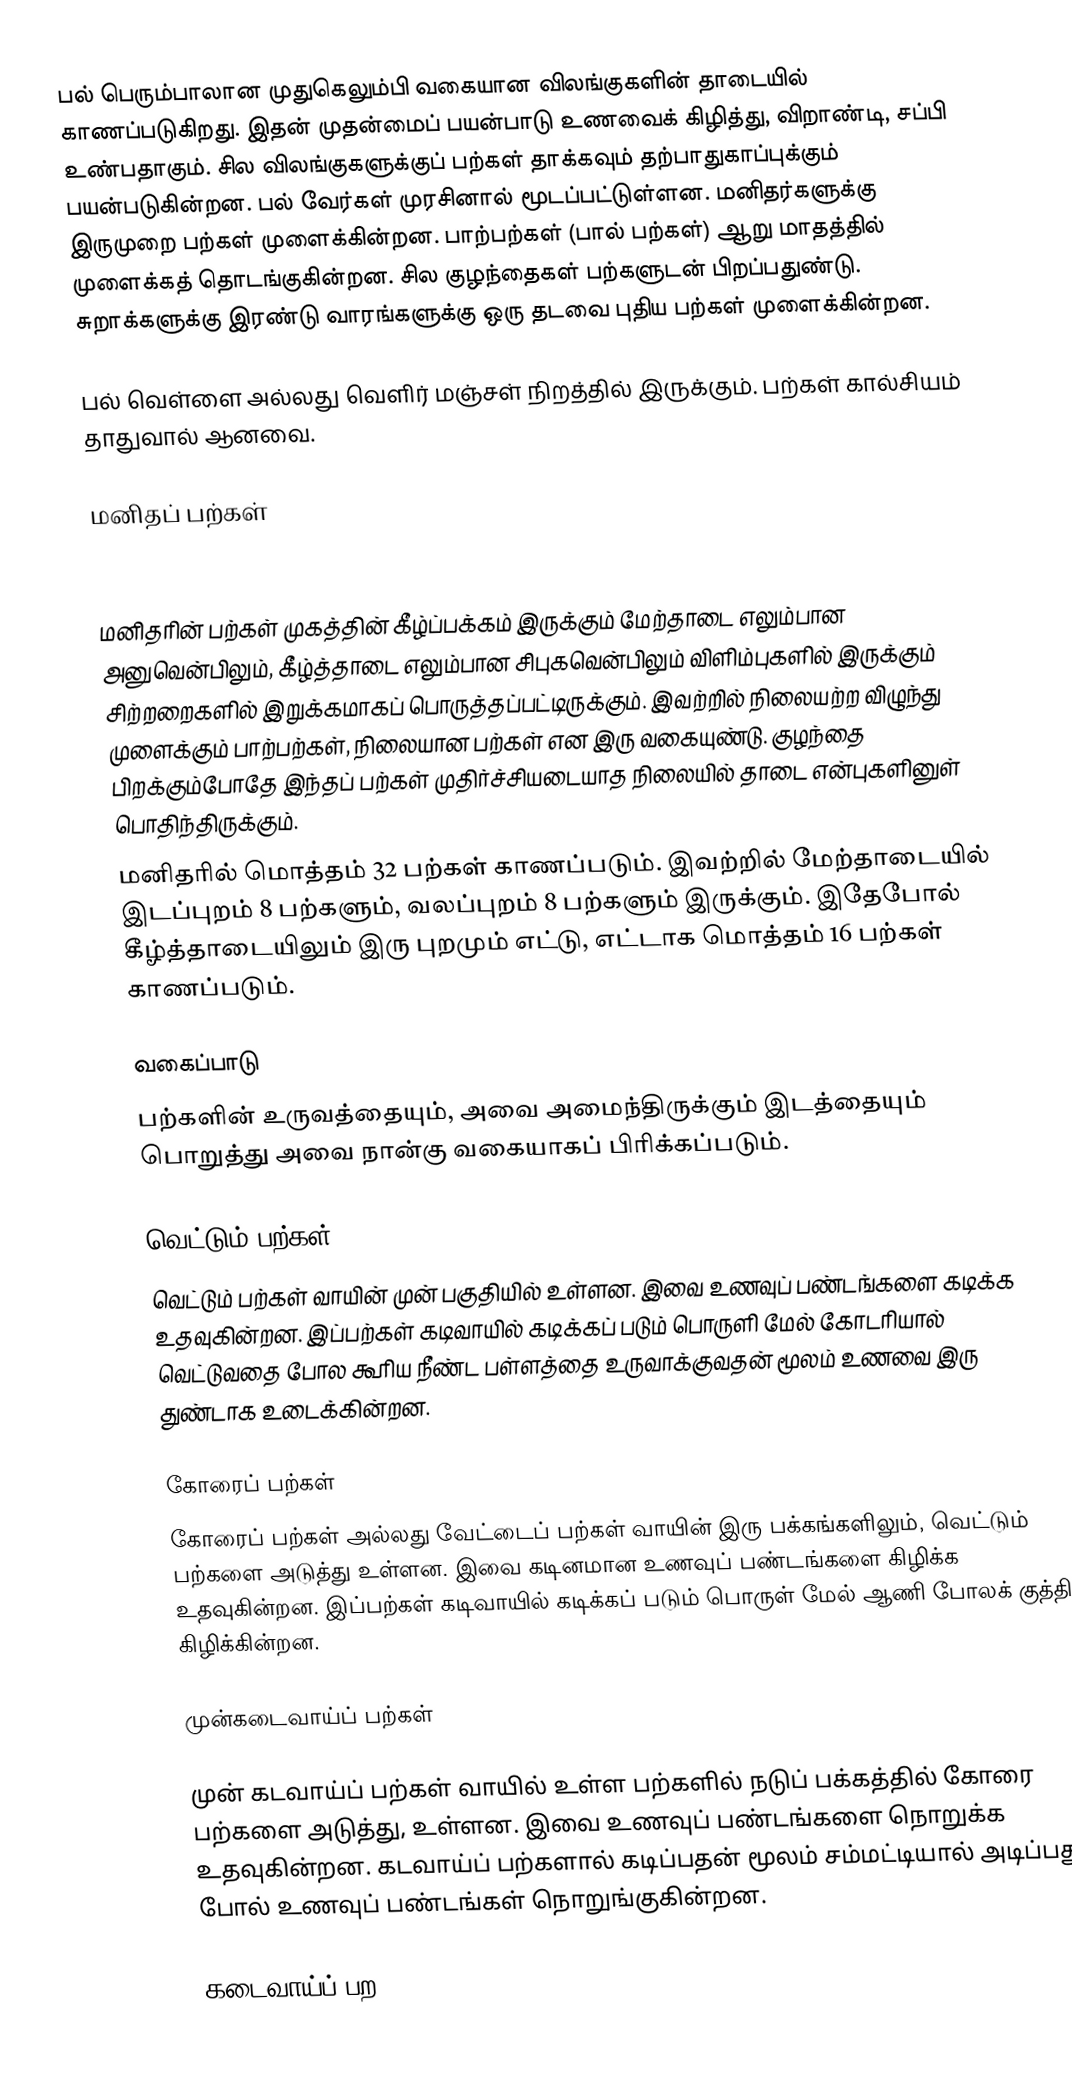
பல் பெரும்பாலான முதுகெலும்பி வகையான விலங்குகளின் தாடையில் காணப்படுகிறது. இதன் முதன்மைப் பயன்பாடு உணவைக் கிழித்து, விறாண்டி, சப்பி உண்பதாகும். சில விலங்குகளுக்குப் பற்கள் தாக்கவும் தற்பாதுகாப்புக்கும் பயன்படுகின்றன. பல் வேர்கள் முரசினால் மூடப்பட்டுள்ளன. மனிதர்களுக்கு இருமுறை பற்கள் முளைக்கின்றன. பாற்பற்கள் (பால் பற்கள்) ஆறு மாதத்தில் முளைக்கத் தொடங்குகின்றன. சில குழந்தைகள் பற்களுடன் பிறப்பதுண்டு. சுறாக்களுக்கு இரண்டு வாரங்களுக்கு ஒரு தடவை புதிய பற்கள் முளைக்கின்றன.

பல் வெள்ளை அல்லது வெளிர் மஞ்சள் நிறத்தில் இருக்கும். பற்கள் கால்சியம் தாதுவால் ஆனவை.

மனிதப் பற்கள்

மனிதரின் பற்கள் முகத்தின் கீழ்ப்பக்கம் இருக்கும் மேற்தாடை எலும்பான அனுவென்பிலும், கீழ்த்தாடை எலும்பான சிபுகவென்பிலும் விளிம்புகளில் இருக்கும் சிற்றறைகளில் இறுக்கமாகப் பொருத்தப்பட்டிருக்கும். இவற்றில் நிலையற்ற விழுந்து முளைக்கும் பாற்பற்கள், நிலையான பற்கள் என இரு வகையுண்டு. குழந்தை பிறக்கும்போதே இந்தப் பற்கள் முதிர்ச்சியடையாத நிலையில் தாடை என்புகளினுள் பொதிந்திருக்கும்.
மனிதரில் மொத்தம் 32 பற்கள் காணப்படும். இவற்றில் மேற்தாடையில் இடப்புறம் 8 பற்களும், வலப்புறம் 8 பற்களும் இருக்கும். இதேபோல் கீழ்த்தாடையிலும் இரு புறமும் எட்டு, எட்டாக மொத்தம் 16 பற்கள் காணப்படும்.

வகைப்பாடு
பற்களின் உருவத்தையும், அவை அமைந்திருக்கும் இடத்தையும் பொறுத்து அவை நான்கு வகையாகப் பிரிக்கப்படும்.

வெட்டும் பற்கள்
வெட்டும் பற்கள் வாயின் முன் பகுதியில் உள்ளன. இவை உணவுப் பண்டங்களை  கடிக்க  உதவுகின்றன. இப்பற்கள் கடிவாயில் கடிக்கப் படும் பொருளி மேல் கோடரியால் வெட்டுவதை போல கூரிய நீண்ட பள்ளத்தை உருவாக்குவதன் மூலம் உணவை இரு துண்டாக உடைக்கின்றன.

கோரைப் பற்கள்
கோரைப் பற்கள் அல்லது வேட்டைப் பற்கள் வாயின் இரு பக்கங்களிலும், வெட்டும் பற்களை அடுத்து உள்ளன. இவை கடினமான உணவுப் பண்டங்களை  கிழிக்க  உதவுகின்றன. இப்பற்கள் கடிவாயில் கடிக்கப் படும் பொருள் மேல் ஆணி போலக் குத்தி கிழிக்கின்றன.

முன்கடைவாய்ப் பற்கள்

முன் கடவாய்ப் பற்கள்  வாயில் உள்ள பற்களில் நடுப் பக்கத்தில் கோரை பற்களை அடுத்து,  உள்ளன. இவை உணவுப் பண்டங்களை  நொறுக்க  உதவுகின்றன. கடவாய்ப் பற்களால் கடிப்பதன் மூலம் சம்மட்டியால் அடிப்பது போல்  உணவுப் பண்டங்கள் நொறுங்குகின்றன.

கடைவாய்ப் பற